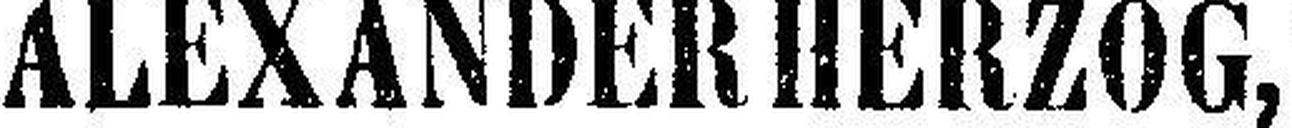
ALEXANDER HERZOG,